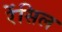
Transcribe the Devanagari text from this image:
रेंसिल